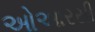
ઓઆરસી